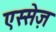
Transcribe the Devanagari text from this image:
एस्सेज़